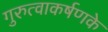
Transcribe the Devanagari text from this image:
गुरुत्वाकर्षणके